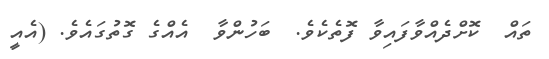
ތައް  ކޮށްދެއްވާފައިވާ ފޮތެކެވެ.  ބަހުންވާ  އެއްގެ ގޮތުގައެވެ. (އެއީ